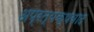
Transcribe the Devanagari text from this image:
अप्रत्यक्षवाद